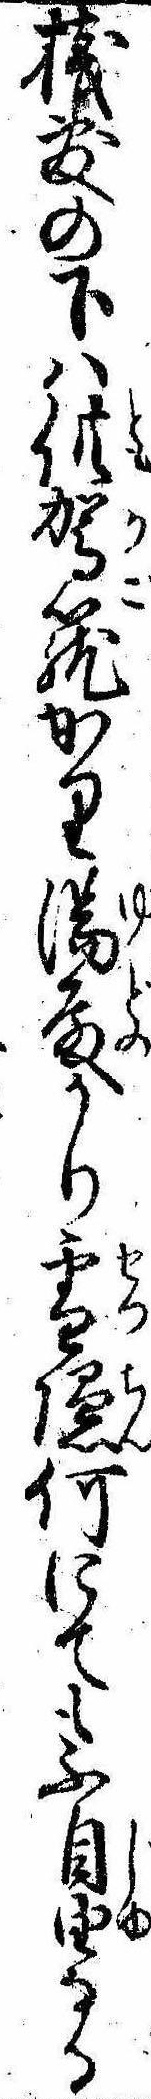
桟敷の下は供駕篭かり湯殿かり雪隠何にても不自由なる